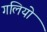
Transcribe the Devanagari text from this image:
गलियो